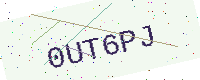
Text: 0UT6PJ